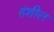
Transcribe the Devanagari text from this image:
हंशील